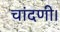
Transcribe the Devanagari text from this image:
चांदणी।